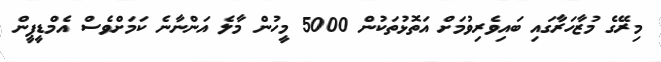
މިރޭގެ މުޒާހަރާގައި ބައިވެރިވުމަށް އަތޮޅުތަކުން 5000 މީހުން މާލެ އަންނާނެ ކަމަށްވެސް އެމްޑީޕީން